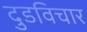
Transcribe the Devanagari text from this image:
दुडविचार